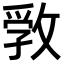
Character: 𢾢